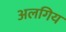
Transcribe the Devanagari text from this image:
अलगिय